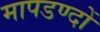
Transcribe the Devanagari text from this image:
मापडण्दों